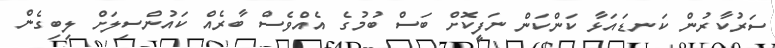
ސަރުކާރުން ކަނޑައަޅާ ކަންކަން ނަފީކޮށް ބަސް ބުމުގެ އެއްވެސް ބާރެއް ކައުންސިލަށް ލިބިގެން